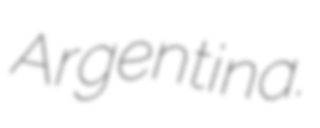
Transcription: Argentina.